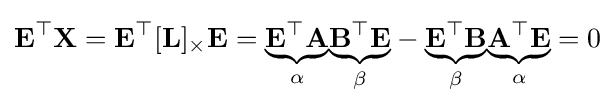
\mathbf {E} ^{\top }\mathbf {X} =\mathbf {E} ^{\top }[\mathbf {L} ]_{\times }\mathbf {E} ={\underset {\alpha }{\underbrace {\mathbf {E} ^{\top }\mathbf {A} } }}{\underset {\beta }{\underbrace {\mathbf {B} ^{\top }\mathbf {E} } }}-{\underset {\beta }{\underbrace {\mathbf {E} ^{\top }\mathbf {B} } }}{\underset {\alpha }{\underbrace {\mathbf {A} ^{\top }\mathbf {E} } }}=0